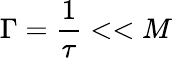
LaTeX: \Gamma={\frac{1}{\tau}}<<M